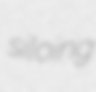
siloing